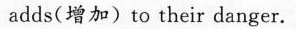
adds(增加) to their danger.